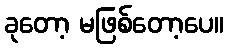
ခုတော့ မဖြစ်တော့ပေ။